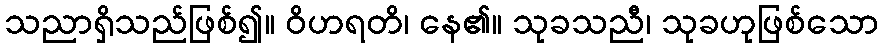
သညာရှိသည်ဖြစ်၍။ ဝိဟရတိ၊ နေ၏။ သုခသညီ၊ သုခဟုဖြစ်သော